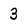
Character: 3